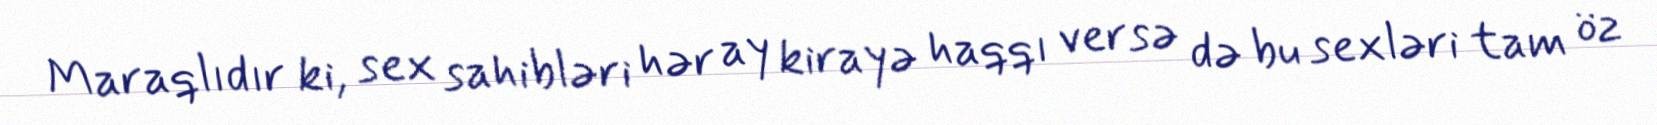
Maraqlıdır ki, sex sahibləri hər ay kirayə haqqı versə də bu sexləri tam öz